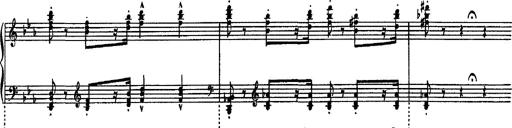
Title: Fantaisie sur des motifs favoris de l'opÃ©ra 'La sonnambula'
Composer: Franz Liszt